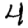
Digit: 4